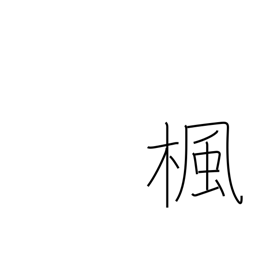
Meaning: maple